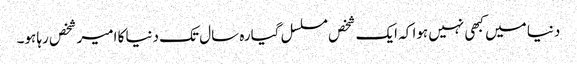
دنیا میں کبھی نہیں ہوا کہ ایک شخص مسلسل گیارہ سال تک دنیا کا امیر شخص رہا ہو۔